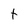
Character: t